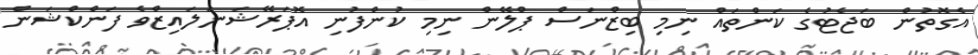
އެގޮތުން ބަޖެޓުގެ ކަންތައް ނިމި ބިޒްނަސް ޕްލޭން ނިމި ކުންފުނި އޮޕަރޭޝަނަލައިޒްވެ ފަންކްޝަން